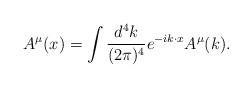
LaTeX: \begin{align*}{ A^\mu}(x)=\int{d^4k\over(2\pi)^4}e^{-ik\cdot x}{ A^\mu}(k).\end{align*}